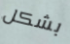
بشكل